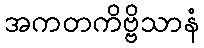
အကတကိဗ္ဗိသာနံ